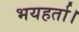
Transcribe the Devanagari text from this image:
भयहर्ता।